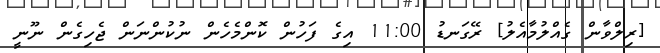
[ރިލްވާން ގެއްލުމާއެލު] ރޭގަނޑު 11:00 އިގެ ފަހުން ކޮންމެހެން ނުކުންނަން ޖެހިގެން ނޫނީ